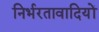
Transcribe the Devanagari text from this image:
निर्भरतावादियों